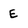
Character: E